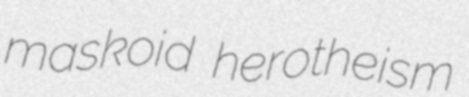
maskoid herotheism